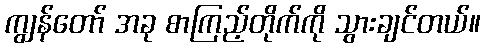
ကျွန်တော် အခု စာကြည့်တိုက်ကို သွားချင်တယ်။